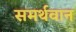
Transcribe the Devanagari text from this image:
समर्थवान